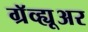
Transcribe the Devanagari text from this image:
ग्रॅव्ह्यूअर